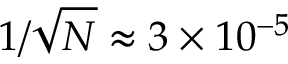
1 / \sqrt { N } \approx 3 \times 1 0 ^ { - 5 }